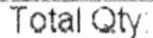
TOTAL QTY: